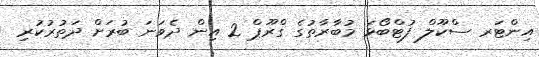
އިންޓަރ ސްކޫލް ފުޓްބޯޅަ މުބާރާތުގެ ގްރޫޕް 2 އިން ދެވަނަ ބުރަށް ދަތުރުކުރި